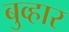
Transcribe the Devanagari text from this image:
बुव्हार